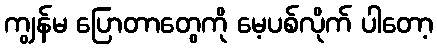
ကျွန်မ ပြောတာတွေကို မေ့ပစ်လိုက် ပါတော့